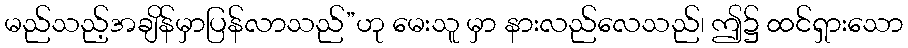
မည်သည့်အချိန်မှာပြန်လာသည်”ဟု မေးသူ မှာ နားလည်လေသည်၊ ဤ၌ ထင်ရှားသော